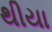
થીયા